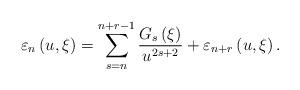
LaTeX: \begin{align*}\varepsilon _{n}\left( {u,\xi }\right) =\sum\limits_{s=n}^{n+r-1}\frac{G_{s}\left( \xi \right) }{u^{2s+2}}+\varepsilon _{n+r}\left( {u,\xi }\right). \end{align*}